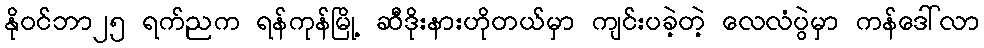
နိုဝင်ဘာ၂၅ ရက်ညက ရန်ကုန်မြို့ ဆီဒိုးနားဟိုတယ်မှာ ကျင်းပခဲ့တဲ့ လေလံပွဲမှာ ကန်ဒေါ်လာ